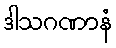
ဒါသဂဏာနံ